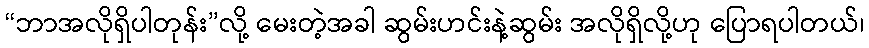
“ဘာအလိုရှိပါတုန်း”လို့ မေးတဲ့အခါ ဆွမ်းဟင်းနဲ့ဆွမ်း အလိုရှိလို့ဟု ပြောရပါတယ်၊